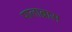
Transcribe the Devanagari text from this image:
पालाब्रास